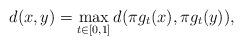
LaTeX: \begin{align*} d(x,y)=\max_{t\in [0,1]} d(\pi g_t(x),\pi g_t(y)),\end{align*}